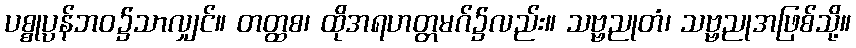
ပစ္စုပ္ပန်ဘဝ၌သာလျှင်။ တတ္ထစ၊ ထိုအရဟတ္တမဂ်၌လည်း။ သဗ္ဗညုတံ၊ သဗ္ဗညုအဖြစ်သို့။